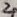
Text: 2